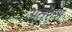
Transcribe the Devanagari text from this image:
अंतरांश